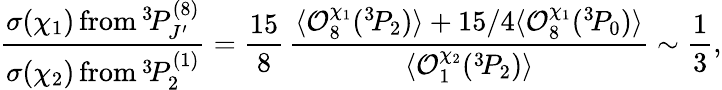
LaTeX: \frac{\sigma(\chi_{1})\, \mathrm{from}\, {}^{3}\! P_{J^{\prime}}^{(8)}}{\sigma(\chi_{2})\, \mathrm{from}\, {}^{3}\! P_{2}^{(1)}}=\frac{15}{8}\, \frac{\langle{\cal O}_{8}^{\chi_{1}}({}^{3}\! P_{2})\rangle+15/4\langle{\cal O}_{8}^{\chi_{1}}({}^{3}\! P_{0})\rangle}{\langle{\cal O}_{1}^{\chi_{2}}({}^{3}\! P_{2})\rangle}\sim\frac{1}{3},